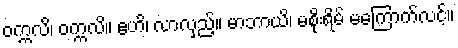
ဝက္ကလိ၊ ဝက္ကလိ။ ဧဟိ၊ လာလှည့်။ မာဘာယိ၊ မစိုးရိမ် မကြောက်လင့်။